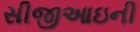
સીજીઆઇની